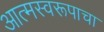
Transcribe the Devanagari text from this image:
आत्मस्वरूपाचा